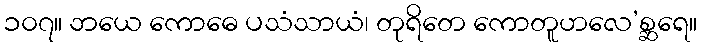
၁၀၇။ ဘယေ ကောဓေ ပသံသာယံ၊ တုရိတေ ကောတူဟလေ’စ္ဆရေ။